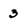
Character: 3